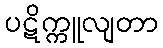
ပဋိက္ကူလျတာ